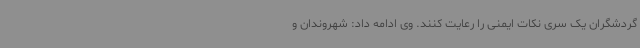
گردشگران یک سری نکات ایمنی را رعایت کنند. وی ادامه داد: شهروندان و